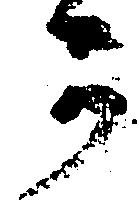
可